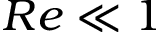
R e \ll 1